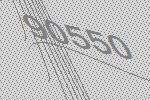
90550